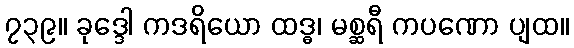
၇၃၉။ ခုဒ္ဒေါ ကဒရိယော ထဒ္ဓ၊ မစ္ဆရီ ကပဏော ပျထ။